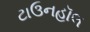
ટાઉનહૉલ